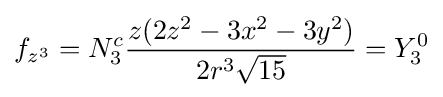
f_{z^{3}}=N_{3}^{c}{\frac {z(2z^{2}-3x^{2}-3y^{2})}{2r^{3}{\sqrt {15}}}}=Y_{3}^{0}